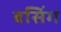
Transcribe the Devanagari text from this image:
बसिंग